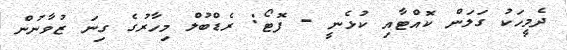
ދެމީހަކު ގަލަން ކޮއްޓާއި ކުޅެނީ - ފޮޓޯ: ރެޑްބުލް މިހާރުގެ ގިނަ ޒުވާނުން